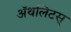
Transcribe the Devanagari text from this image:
ॲथलिटस्